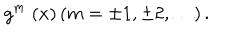
g ^ { m } \; ( x ) \left( m = \pm 1 , \pm 2 , \ldots \right) .